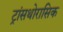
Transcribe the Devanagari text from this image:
ट्रांसथोरासिक